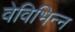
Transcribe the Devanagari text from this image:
वेविभिन्न